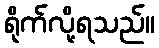
ရိုက်လို့ရသည်။